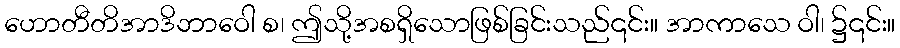
ဟောတီတိအာဒိဘာဝေါ စ၊ ဤသို့အစရှိသောဖြစ်ခြင်းသည်၎င်း။ အာကာသေ ဝါ၊ ၌၎င်း။